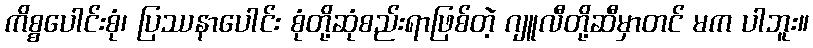
ကိစ္စပေါင်းစုံ၊ ပြဿနာပေါင်း စုံတို့ဆုံစည်းရာဖြစ်တဲ့ ဂျူလီတို့ဆီမှာတင် မက ပါဘူး။